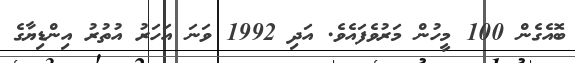
ބޮއެގެން 100 މީހުން މަރުވެފައެވެ. އަދި 1992 ވަނަ އަހަރު އުތުރު އިންޑިޔާގެ